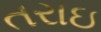
તરાઇ